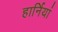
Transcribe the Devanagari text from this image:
हार्नियां